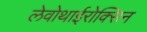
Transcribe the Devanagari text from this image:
लेवोथाईरोक्सिन